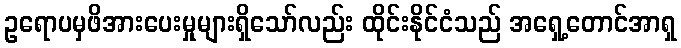
ဥရောပမှဖိအားပေးမှုများရှိသော်လည်း ထိုင်းနိုင်ငံသည် အရှေ့တောင်အာရှ